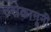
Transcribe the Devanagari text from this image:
उसेकानूनी